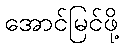
အောင်မြင်ဖို့